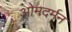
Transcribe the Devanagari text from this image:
ओमदर्मन